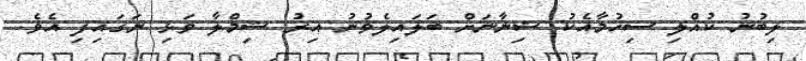
ލިބުނު ކުއްލި ސިހުމާއެކު ޝިނާނަށް ބަލައިލެވުނު އިރު ޝިމްލާ ވަޅި ނަގައިފި އެވެ.